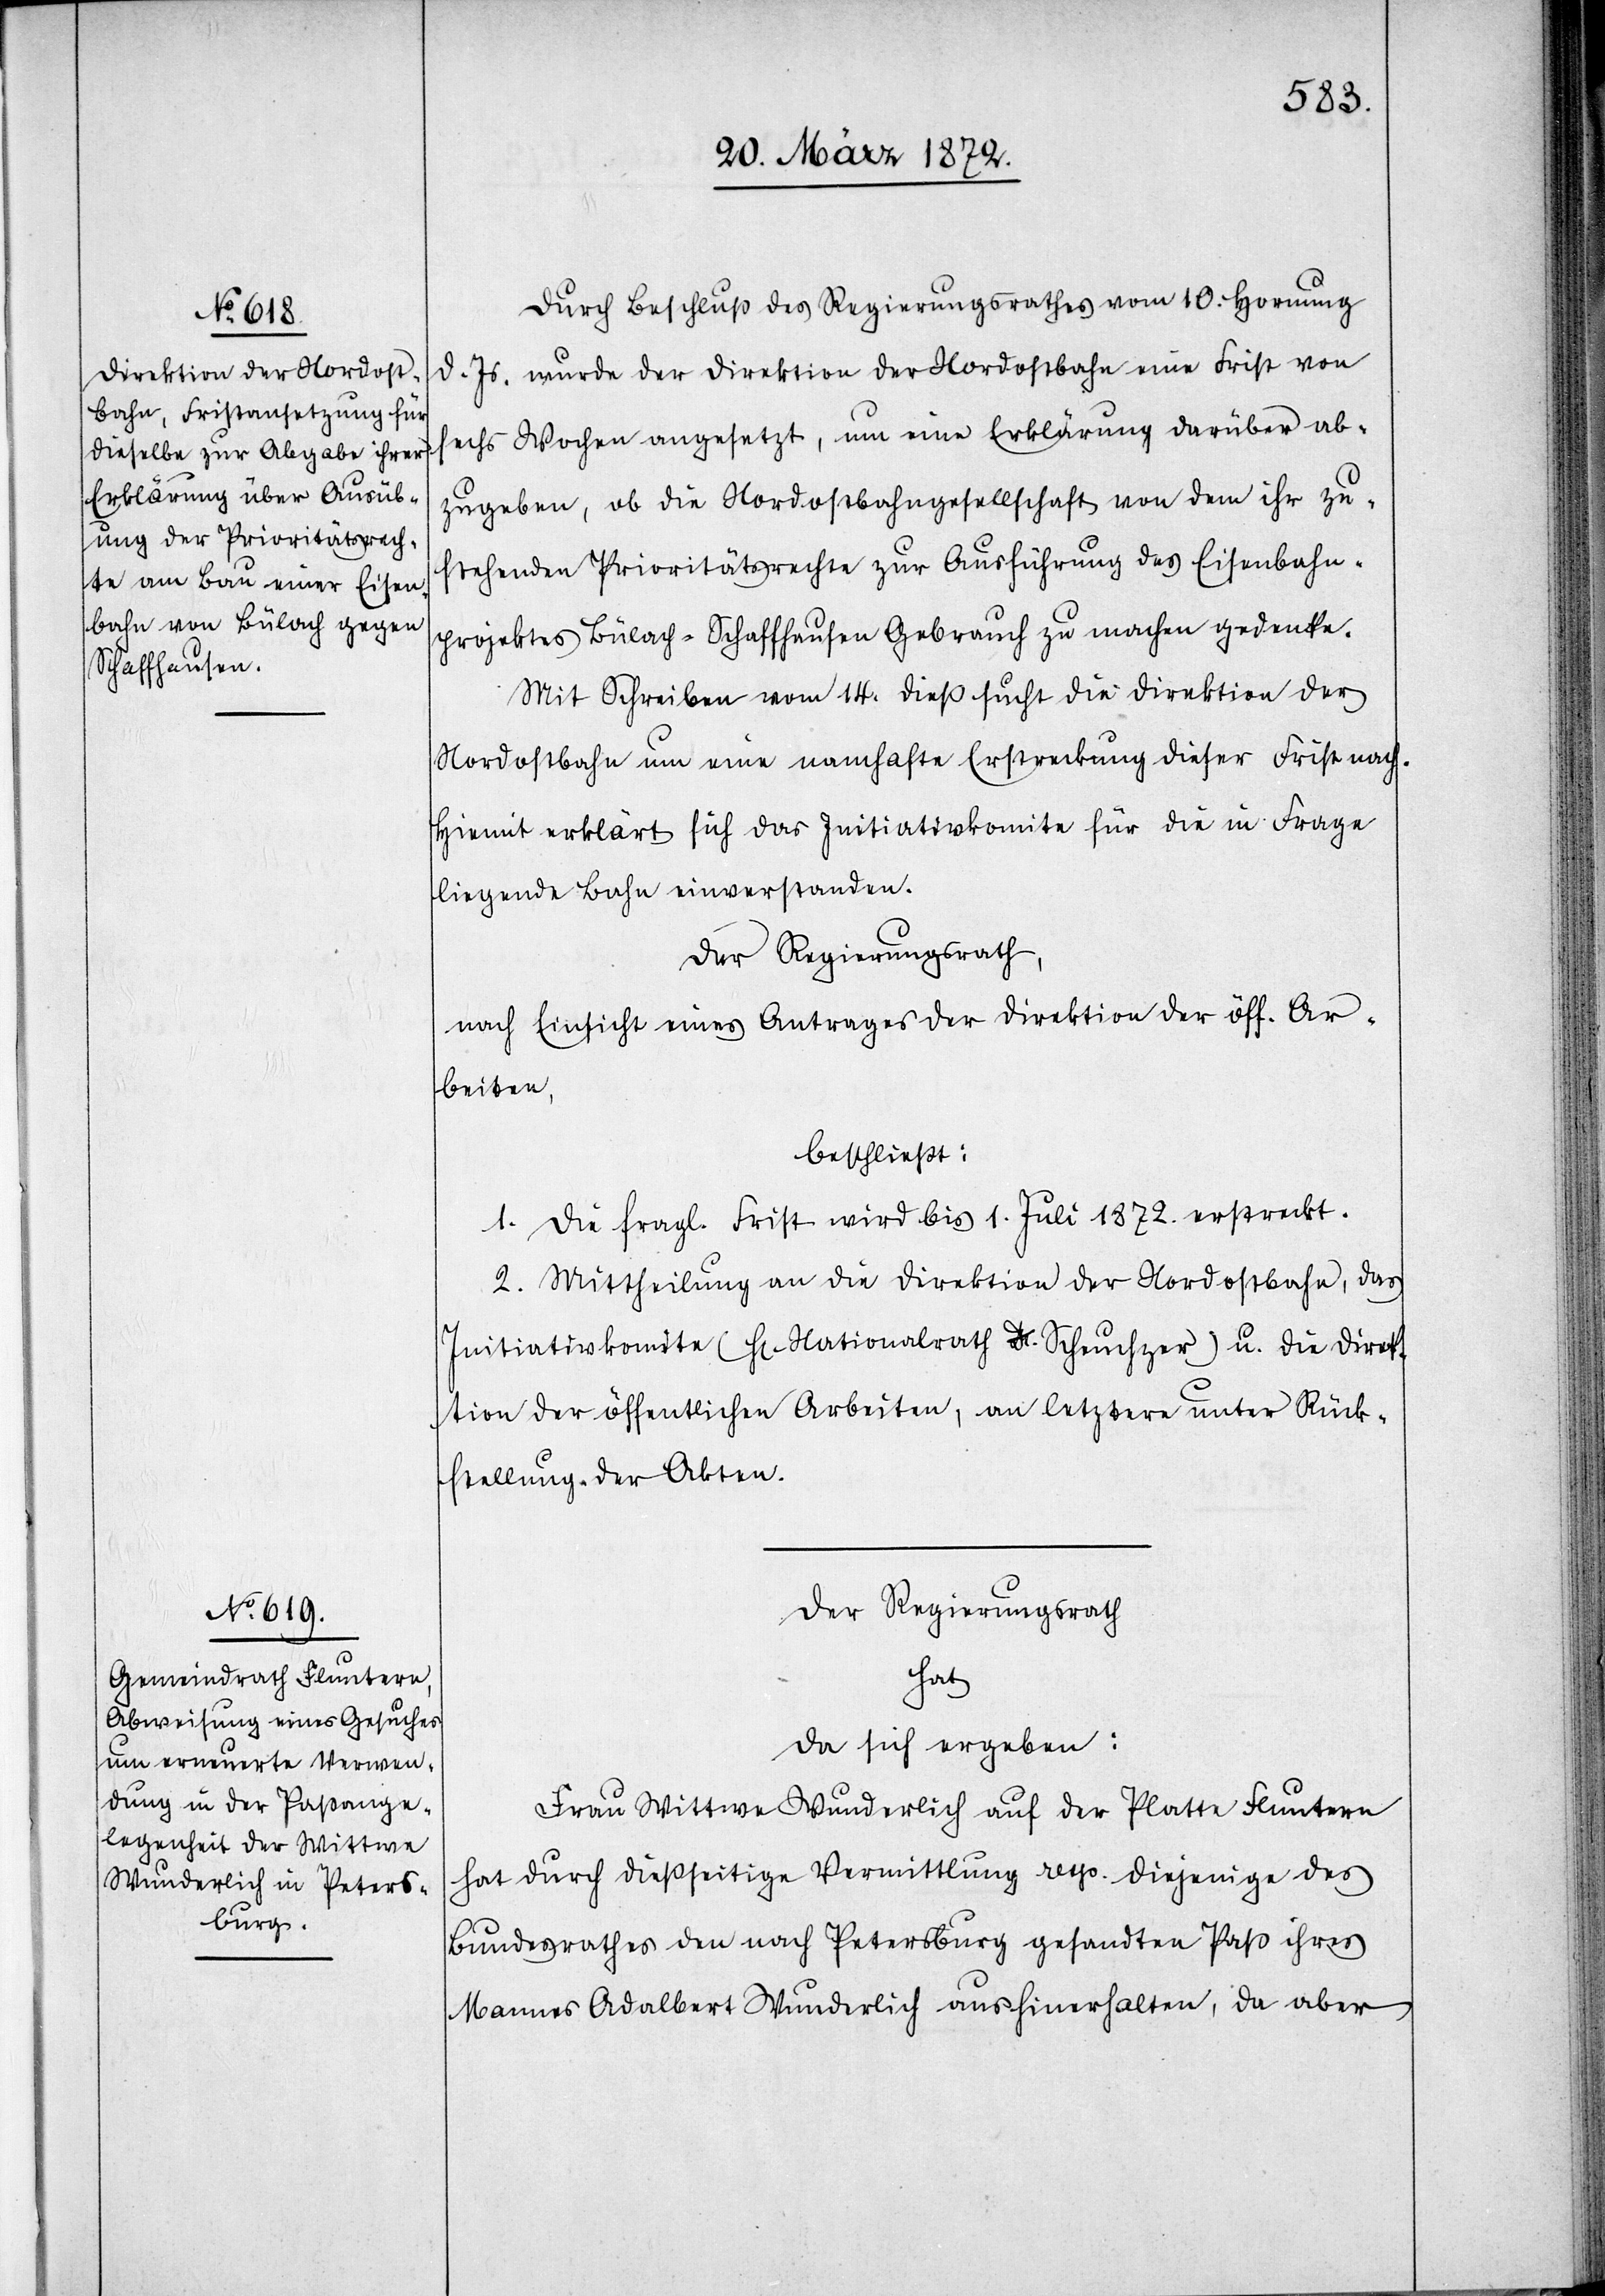
Durch Beschluß des Regierungsrathes vom 10. Hornung
d. Js. wurde der Direktion der Nordostbahn eine Frist von
sechs Wochen angesetzt, um eine Erklärung darüber ab¬
zugeben, ob die Nordostbahngesellschaft von dem ihr zu¬
stehenden Prioritätsrechte zur Ausführung des Eisenbahn¬
projektes Bülach–Schaffhausen Gebrauch zu machen gedenke.
Mit Schreiben vom 14. dieß sucht die Direktion der
Nordostbahn um eine namhafte Erstreckung dieser Frist nach.
Hiemit erklärt sich das Initiativkomite für die in Frage
liegende Bahn einverstanden.
Der Regierungsrath,
nach Einsicht eines Antrages der Direktion der öff. Ar¬
beiten,
beschließt:
1. Die fragl. Frist wird bis 1. Juli 1872. erstreckt.
2. Mittheilung an die Direktion der Nordostbahn, das
Initiativkomite (Hr. Nationalrath Scheuchzer) u. die Direk¬
tion der öffentlichen Arbeiten, an letztere unter Rück¬
stellung der Akten.
Der Regierungsrath
hat
da sich ergeben:
Frau Wittwe Wunderlich auf der Platte Fluntern
hat durch dießseitige Vermittlung resp. diejenige des
Bundesrathes den nach Petersburg gesandten Paß ihres
Mannes Adalbert Wunderlich aushinerhalten, da aber